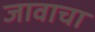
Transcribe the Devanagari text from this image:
जावाचा